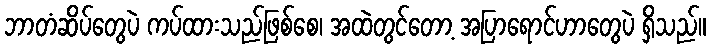
ဘာတံဆိပ်တွေပဲ ကပ်ထားသည်ဖြစ်စေ၊ အထဲတွင်တော့ အပြာရောင်ဟာတွေပဲ ရှိသည်။